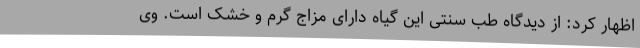
اظهار کرد: از دیدگاه طب سنتی این گیاه دارای مزاج گرم و خشک است. وی